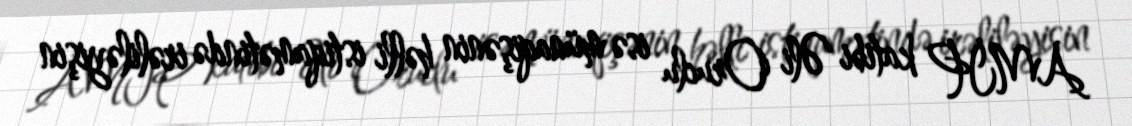
AMİP katibi Əli Oruclu isə münaqişənin həlli istiqamətində irəliləyişin